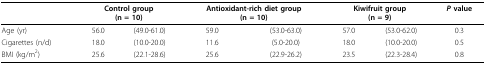
<table><thead><tr><td></td><td colspan="2"><b>Control group(n = 10)</b></td><td colspan="2"><b>Antioxidant-rich diet group(n = 10)</b></td><td colspan="2"><b>Kiwifruit group(n = 9)</b></td><td><b><i>P </i>value</b></td></tr></thead><tbody><tr><td>Age (yr)</td><td>56.0</td><td>(49.0-61.0)</td><td>59.0</td><td>(53.0-63.0)</td><td>57.0</td><td>(53.0-62.0)</td><td>0.3</td></tr><tr><td>Cigarettes (n/d)</td><td>18.0</td><td>(10.0-20.0)</td><td>11.6</td><td>(5.0-20.0)</td><td>18.0</td><td>(10.0-20.0)</td><td>0.5</td></tr><tr><td>BMI (kg/m<sup>2</sup>)</td><td>25.6</td><td>(22.1-28.6)</td><td>25.6</td><td>(22.9-26.2)</td><td>23.5</td><td>(22.3-28.4)</td><td>0.8</td></tr></tbody></table>